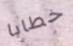
خطابا